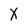
Character: X